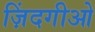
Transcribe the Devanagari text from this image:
ज़िंदगीओ